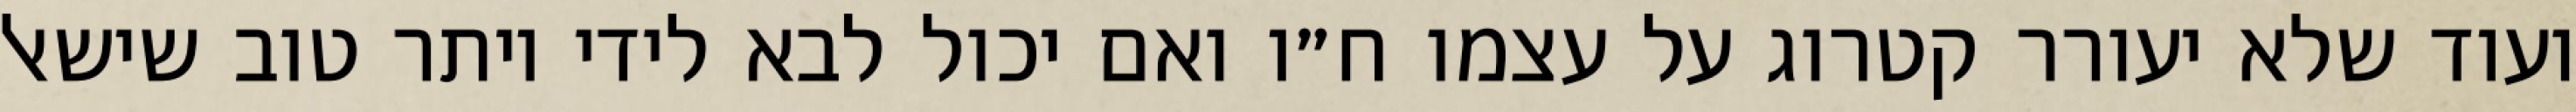
ועוד שלא יעורר קטרוג על עצמו ח״ו ואם יכול לבא לידי יותר טוב שישאל